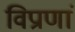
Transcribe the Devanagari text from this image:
विप्राणां